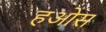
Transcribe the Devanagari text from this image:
हओस